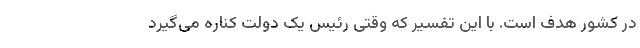
در کشور هدف است. با این تفسیر که وقتی رئیس ‌یک دولت کناره می‌گیرد